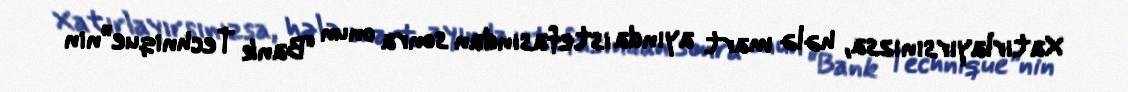
Xatırlayırsınızsa, hələ mart ayında istefasından sonra onun “Bank Technique”nin